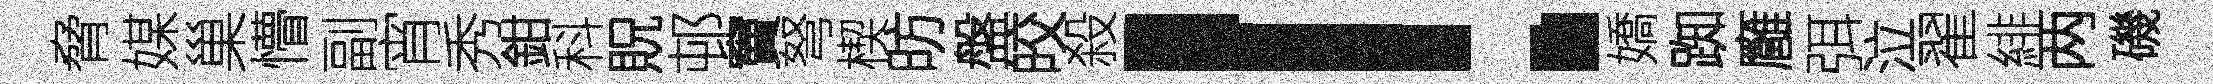
脅媒巢懵副宵秀鉗科貺邨竇弩楔昉盤皎殺！嬌踟廱弭泣翟緋两磯